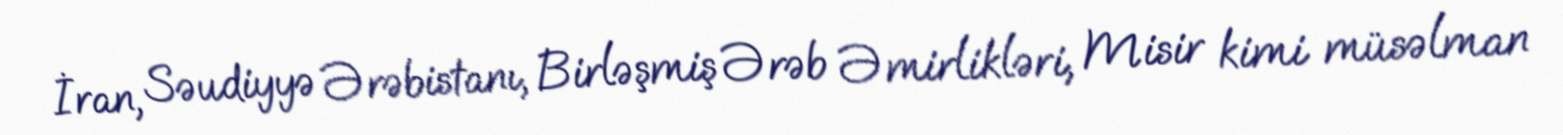
İran, Səudiyyə Ərəbistanı, Birləşmiş Ərəb Əmirlikləri, Misir kimi müsəlman